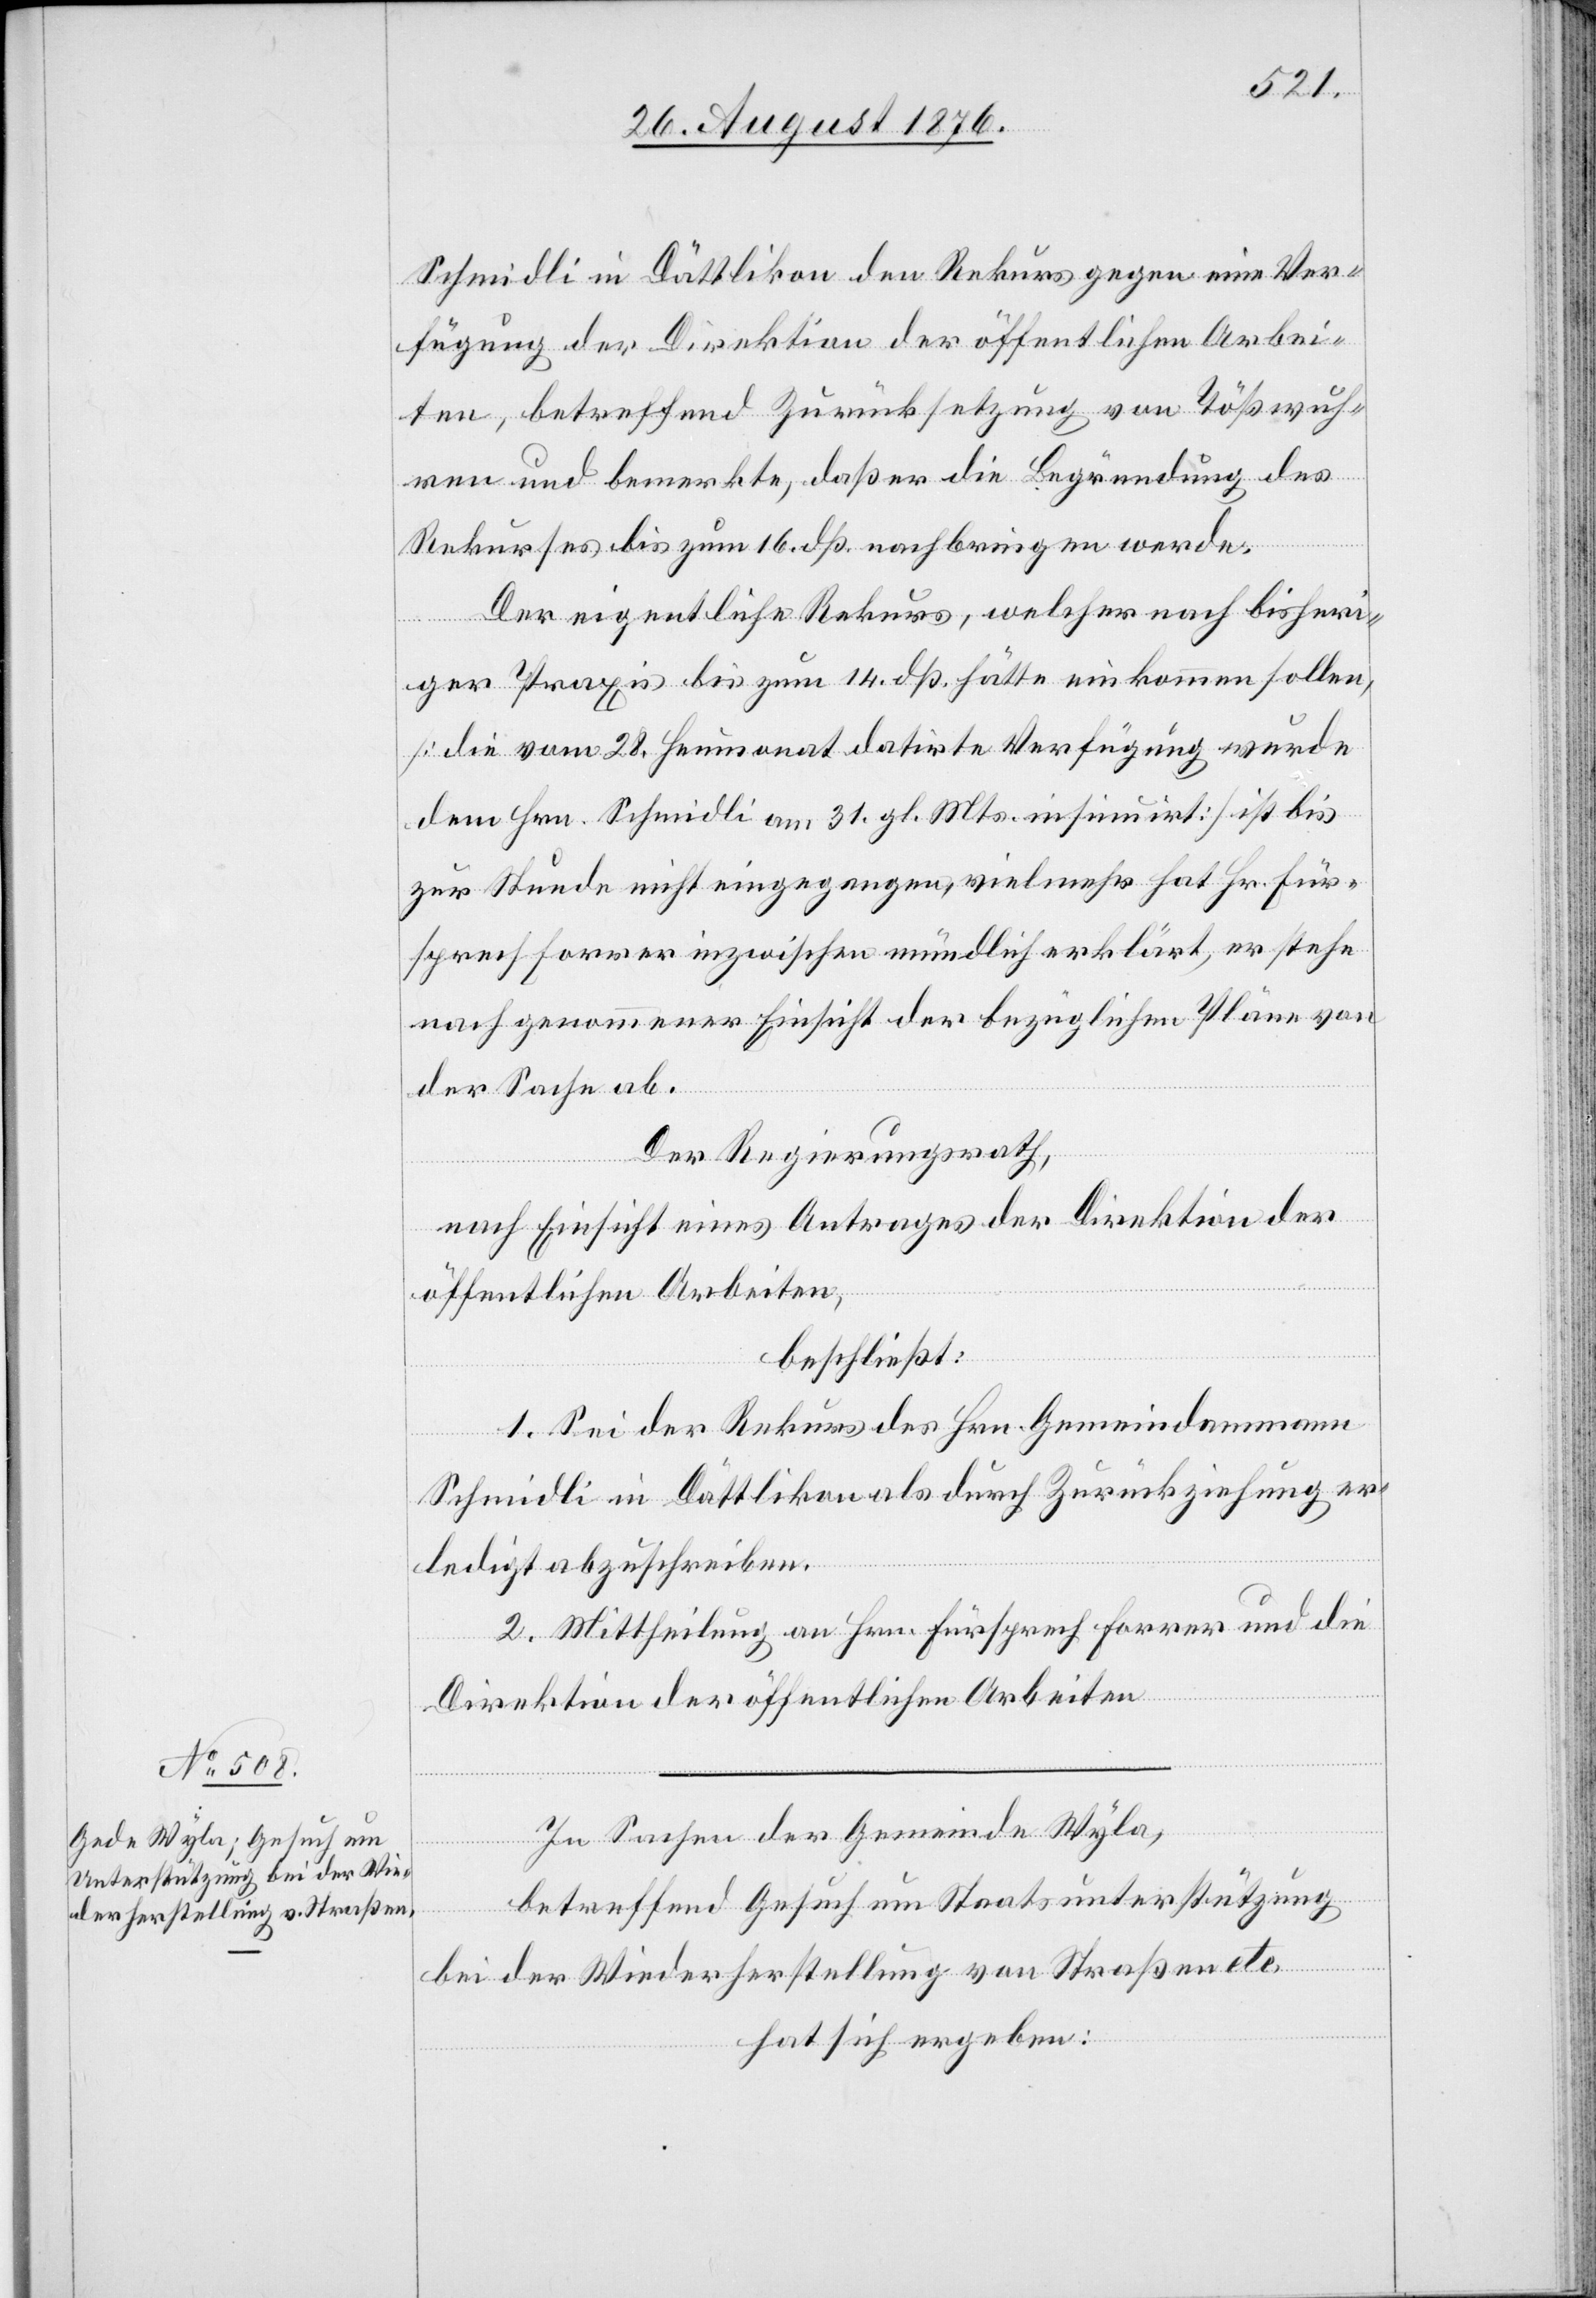
Schmidli in Dättlikon den Rekurs gegen eine Ver¬
fügung der Direktion der öffentlichen Arbei¬
ten, betreffend Zurücksetzung von Tößwuh¬
gen und bemerkte, daß er die Begründung des
Rekurses bis zum 16. dß. nachbringen werde.
Der eigentliche Rekurs, welcher nach bisheri¬
ger Praxis bis zum 14. dß. hätte einkommen sollen,
[die vom 28. Heumonat datirte Verfügung wurde
dem Hrn. Schmidli am 31. gl. Mts. insinuirt] ist bis
zur Stunde nicht eingegangen, vielmehr hat Hr. Für¬
sprech Forrer inzwischen mündlich erklärt, er stehe
nach genommener Einsicht der bezüglichen Pläne von
der Sache ab.
Der Regierungsrath,
nach Einsicht eines Antrages der Direktion der
öffentlichen Arbeiten,
beschließt:
1. Sei der Rekurs des Hrn. Gemeindammann
Schmidli in Dättlikon als durch Zurückziehung er¬
ledigt abzuschreiben.
2. Mittheilung an Hrn. Fürspreche Forrer und die
Direktion der öffentlichen Arbeiten.
In Sachen der Gemeinde Wyla,
betreffend Gesuch um Staatsunterstützung
run¬
bei der Wiederherstellung von Straßen etc.
hat sich ergeben: